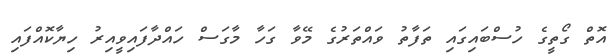
އޮތް ގޯތީގެ ހުސްބައިގައި ތަފާތު ވައްތަރުގެ މޭވާ ގަހާ މާގަސް ހައްދާފައިވީއިރު ހިޔާކޮއްފައި